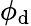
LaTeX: \phi_{\mathrm{d}}